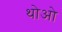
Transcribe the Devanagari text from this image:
थोआे